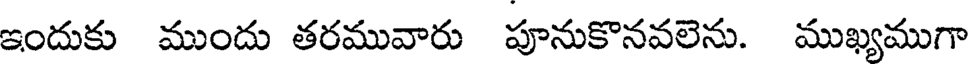
ఇందుకు ముందు తరమువారు పూనుకొనవలెను. ముఖ్యముగా